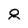
Character: 8